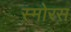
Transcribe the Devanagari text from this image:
स्मोरस